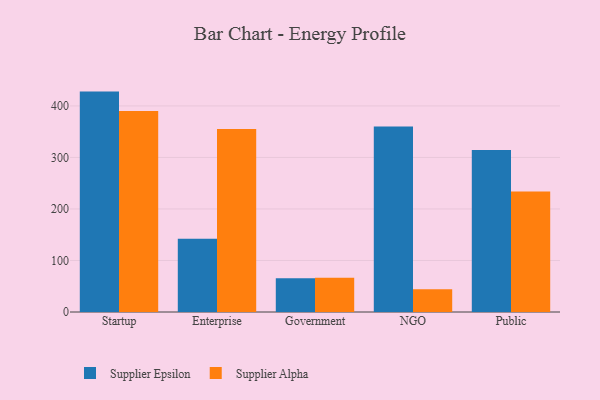
{"axis": {"x": "Segment", "y": "Production Output"}, "legend": ["Supplier Alpha", "Supplier Epsilon"], "data": [{"x": "Startup", "y": 427.8, "type": "Supplier Epsilon"}, {"x": "Startup", "y": 390.2, "type": "Supplier Alpha"}, {"x": "Enterprise", "y": 142.1, "type": "Supplier Epsilon"}, {"x": "Enterprise", "y": 355.0, "type": "Supplier Alpha"}, {"x": "Government", "y": 65.3, "type": "Supplier Epsilon"}, {"x": "Government", "y": 66.4, "type": "Supplier Alpha"}, {"x": "NGO", "y": 359.9, "type": "Supplier Epsilon"}, {"x": "NGO", "y": 44.1, "type": "Supplier Alpha"}, {"x": "Public", "y": 314.5, "type": "Supplier Epsilon"}, {"x": "Public", "y": 233.8, "type": "Supplier Alpha"}]}